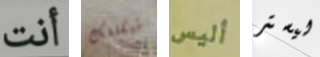
أنت سيكلفك أليس ليستر